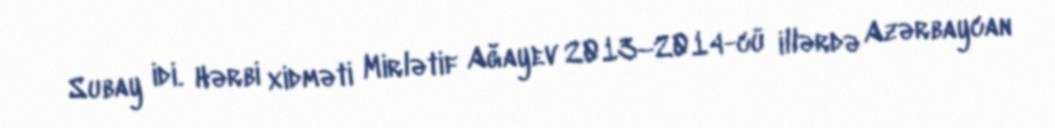
Subay idi. Hərbi xidməti Mirlətif Ağayev 2013–2014-cü illərdə Azərbaycan